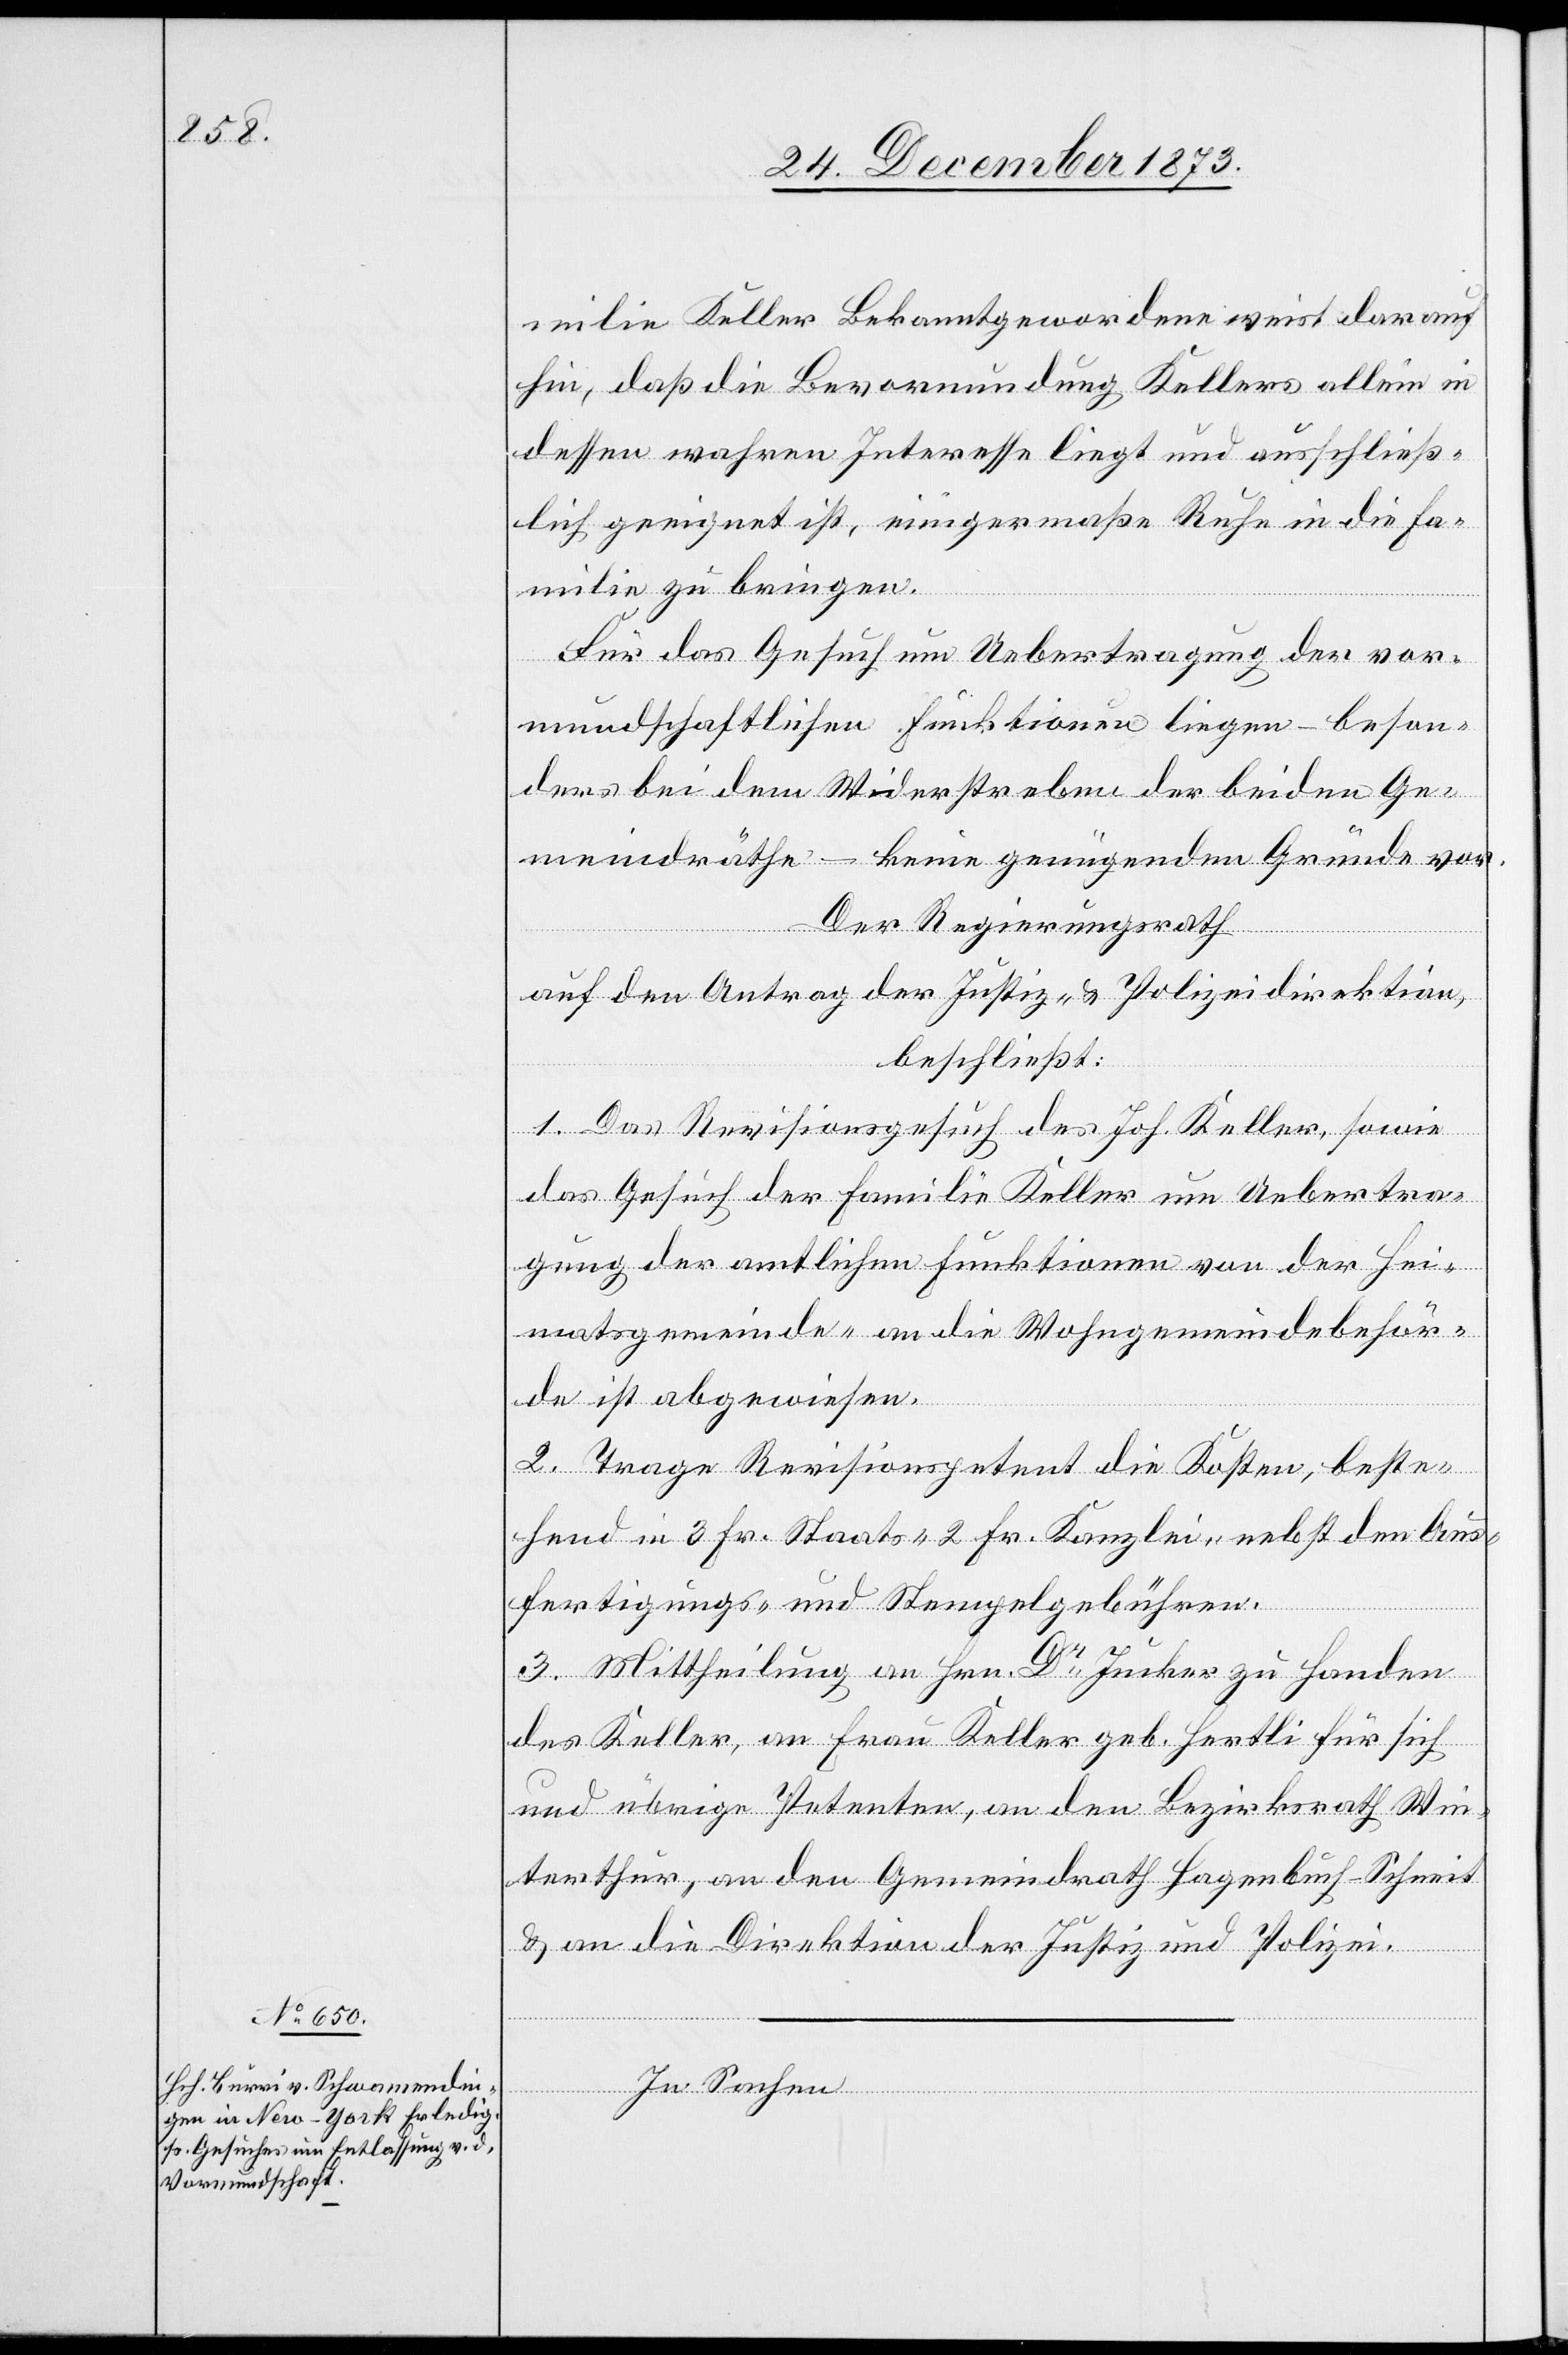
milie Keller Bekanntgewordene weist darauf
hin, daß die Bevormundung Kellers allein in
dessen wahren Interesse liegt und ausschließ¬
lich geeignet ist, einigermaße [sic!] Ruhe in die Fa¬
milie zu bringen.
Für das Gesuch um Uebertragung der vor¬
mundschaftlichen Funktionen liegen – beson¬
ders bei dem Widerstreben der beiden Ge¬
meindräthe – keine genügenden Gründe vor.
Der Regierungsrath
auf den Antrag der Justiz- & Polizeidirektion,
beschließt:
1. Das Revisionsgesuch des Joh. Keller, sowie
das Gesuch der Familie Keller um Uebertra¬
gung der amtlichen Funktionen von der Hei¬
matsgemeinde- an die Wohngemeindebehör¬
de ist abgewiesen.
2. Trage Revisionspetent die Kosten, beste¬
hend in 3 Fr. Staats- 2 Fr. Kanzlei- nebst den Aus¬
fertigungs- und Stempelgebühren.
3. Mittheilung an Hrn. Dr Jucker zu Handen
des Keller, an Frau Keller geb. Hertli für sich
und übrige Petenten, an den Bezirksrath Win¬
terthur, an den Gemeindrath Hagenbuch-Schneit
& an die Direktion der Justiz und Polizei.
In Sachen